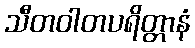
သီတဝါတပရိတ္တာနံ